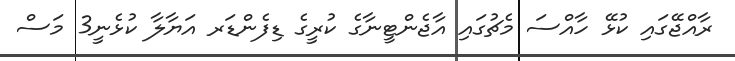
ރާއްޖޭގައި ކުޅޭ ހާއްސަ މެޗުގައި އާޖެންޓީނާގެ ކުރީގެ ޑިފެންޑަރ އަޔާލާ ކުޅެނީ3 މަސް